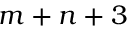
m + n + 3